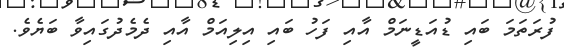
ފުރަތަމަ ބައި ޑުއަޑީނަމް އާއި ފަހު ބައި އިލިއަމް އާއި ދެމެދުގައިވާ ބަޔެވެ.